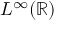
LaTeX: L ^ { \infty } ( \mathbb { R } )